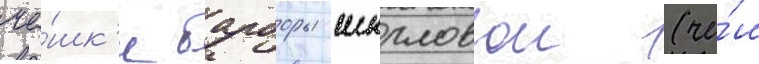
че́шк'и барборы шкрловои (че́ш